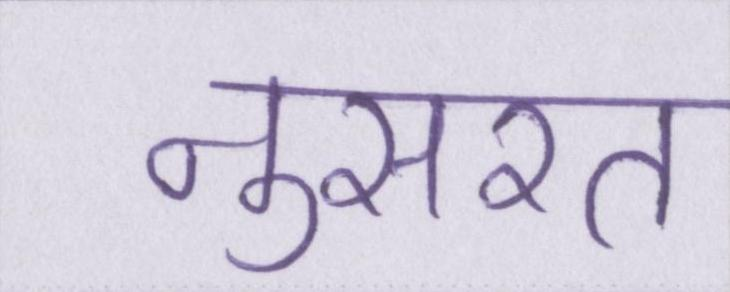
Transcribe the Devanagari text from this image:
नुसरत